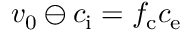
v _ { 0 } \ominus c _ { \mathrm { i } } = f _ { \mathrm { c } } c _ { \mathrm { e } }